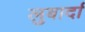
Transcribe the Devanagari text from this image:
लुबार्दा